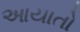
આયાતો